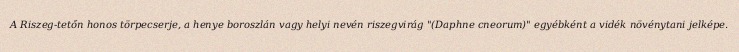
A Riszeg-tetőn honos törpecserje, a henye boroszlán vagy helyi nevén riszegvirág "(Daphne cneorum)" egyébként a vidék növénytani jelképe.